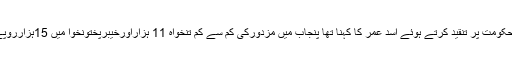
پنجاب حکومت پر تنقید کرتے ہوئے اسد عمر کا کہنا تھا پنجاب میں مزدورکی کم سے کم تنخواہ 11 ہزاراورخیبرپختونخوا میں 15ہزارروپے ہے ۔